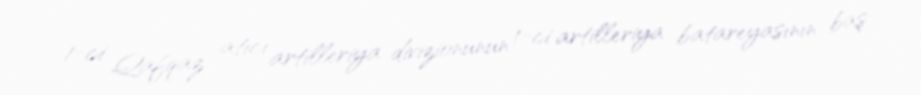
1-ci Qafqaz atıcı artilleriya divizionunun 1-ci artilleriya batareyasının baş